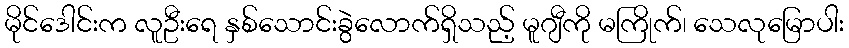
မိုင်ဒေါင်းက လူဦးရေ နှစ်သောင်းခွဲလောက်ရှိသည့် မူဂျီကို မကြိုက်၊ သေလုမြောပါး